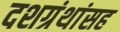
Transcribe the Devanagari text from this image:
दशग्रंथांसह